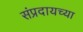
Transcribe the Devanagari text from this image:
संप्रदायच्या